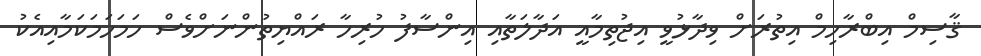
ޤާސިމް އިބްރާހިމް އިތުރަށް ވިދާޅުވީ އިޖުތިމާއީ އަދާލަތާއި އިންސާފު ހުރިހާ ރައްޔިތުންނަށްވެސް ހަމަހަމަކަމާއިއެކު